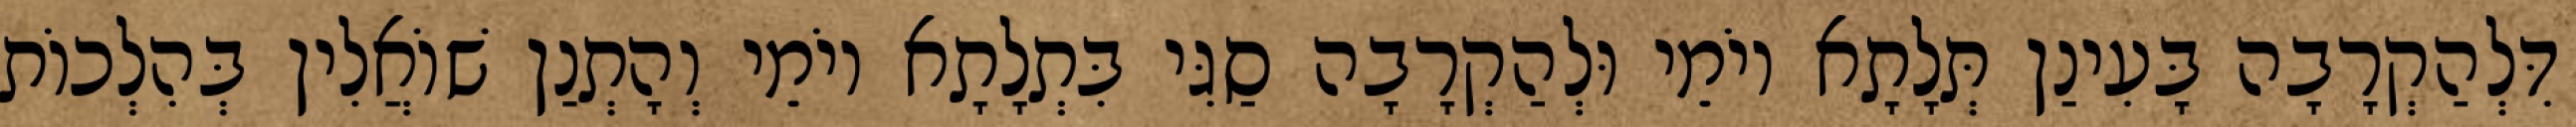
דִּלְהַקְרָבָה בָּעִינַן תְּלָתָא יוֹמֵי וּלְהַקְרָבָה סַגִּי בִּתְלָתָא יוֹמֵי וְהָתְנַן שׁוֹאֲלִין בְּהִלְכוֹת